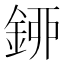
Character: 𨦰